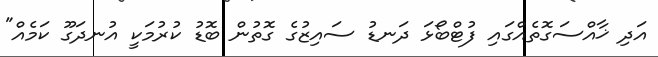
އަދި ޚާއްސަގޮތެއްގައި ފުޓްބޯޅަ ދަނޑު ސައިޒުގެ ގޮތުން ބޮޑު ކުރުމަކީ އުނދަގޫ ކަމެއް"